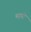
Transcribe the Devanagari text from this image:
मायी